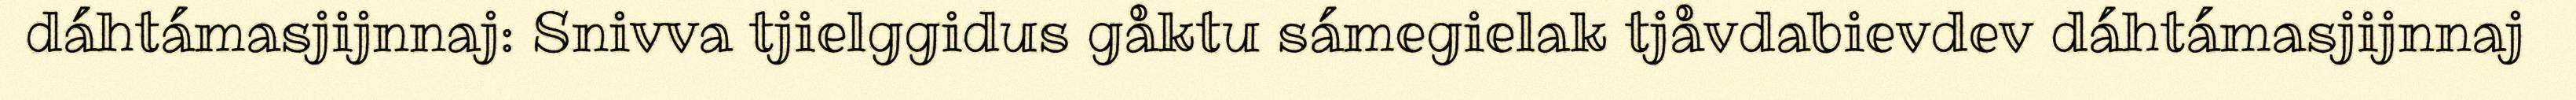
dáhtámasjijnnaj: Snivva tjielggidus gåktu sámegielak tjåvdabievdev dáhtámasjijnnaj